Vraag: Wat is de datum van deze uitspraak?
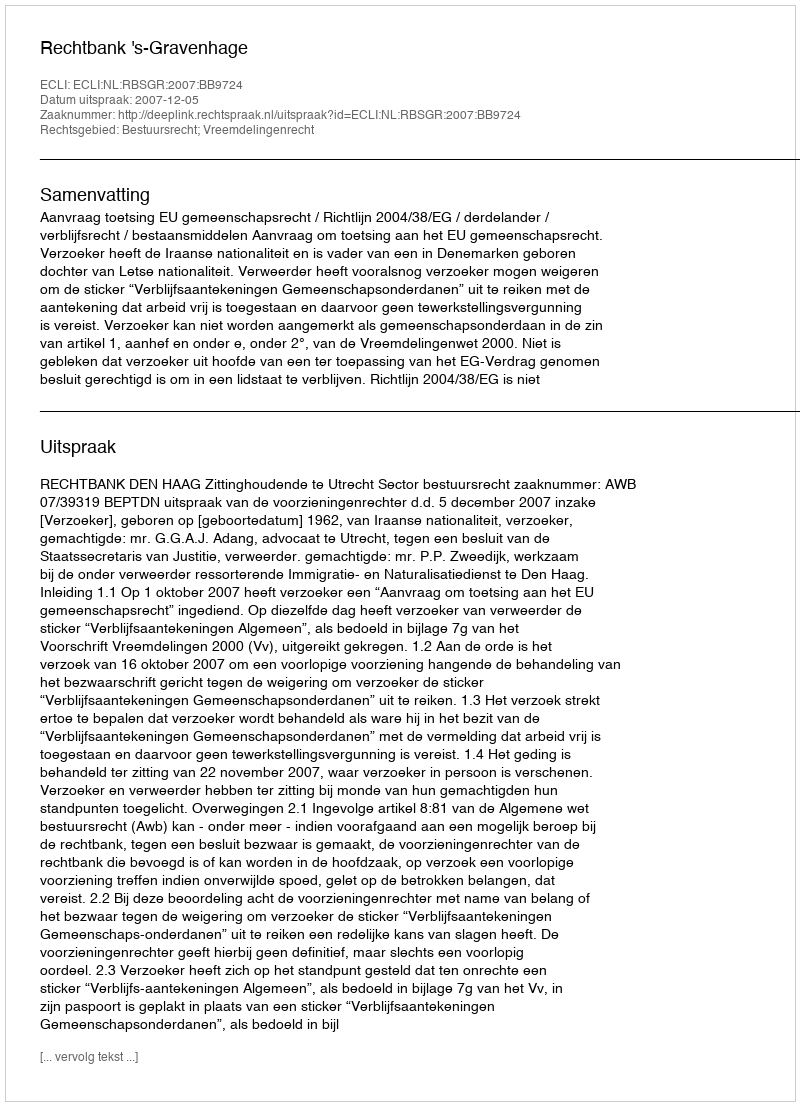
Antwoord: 2007-12-05